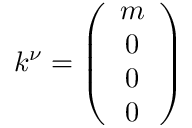
k ^ { \nu } = \left( \begin{array} { c } { { m } } \\ { { 0 } } \\ { { 0 } } \\ { { 0 } } \end{array} \right)